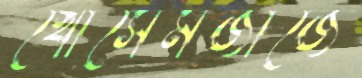
খোসেমজাজে